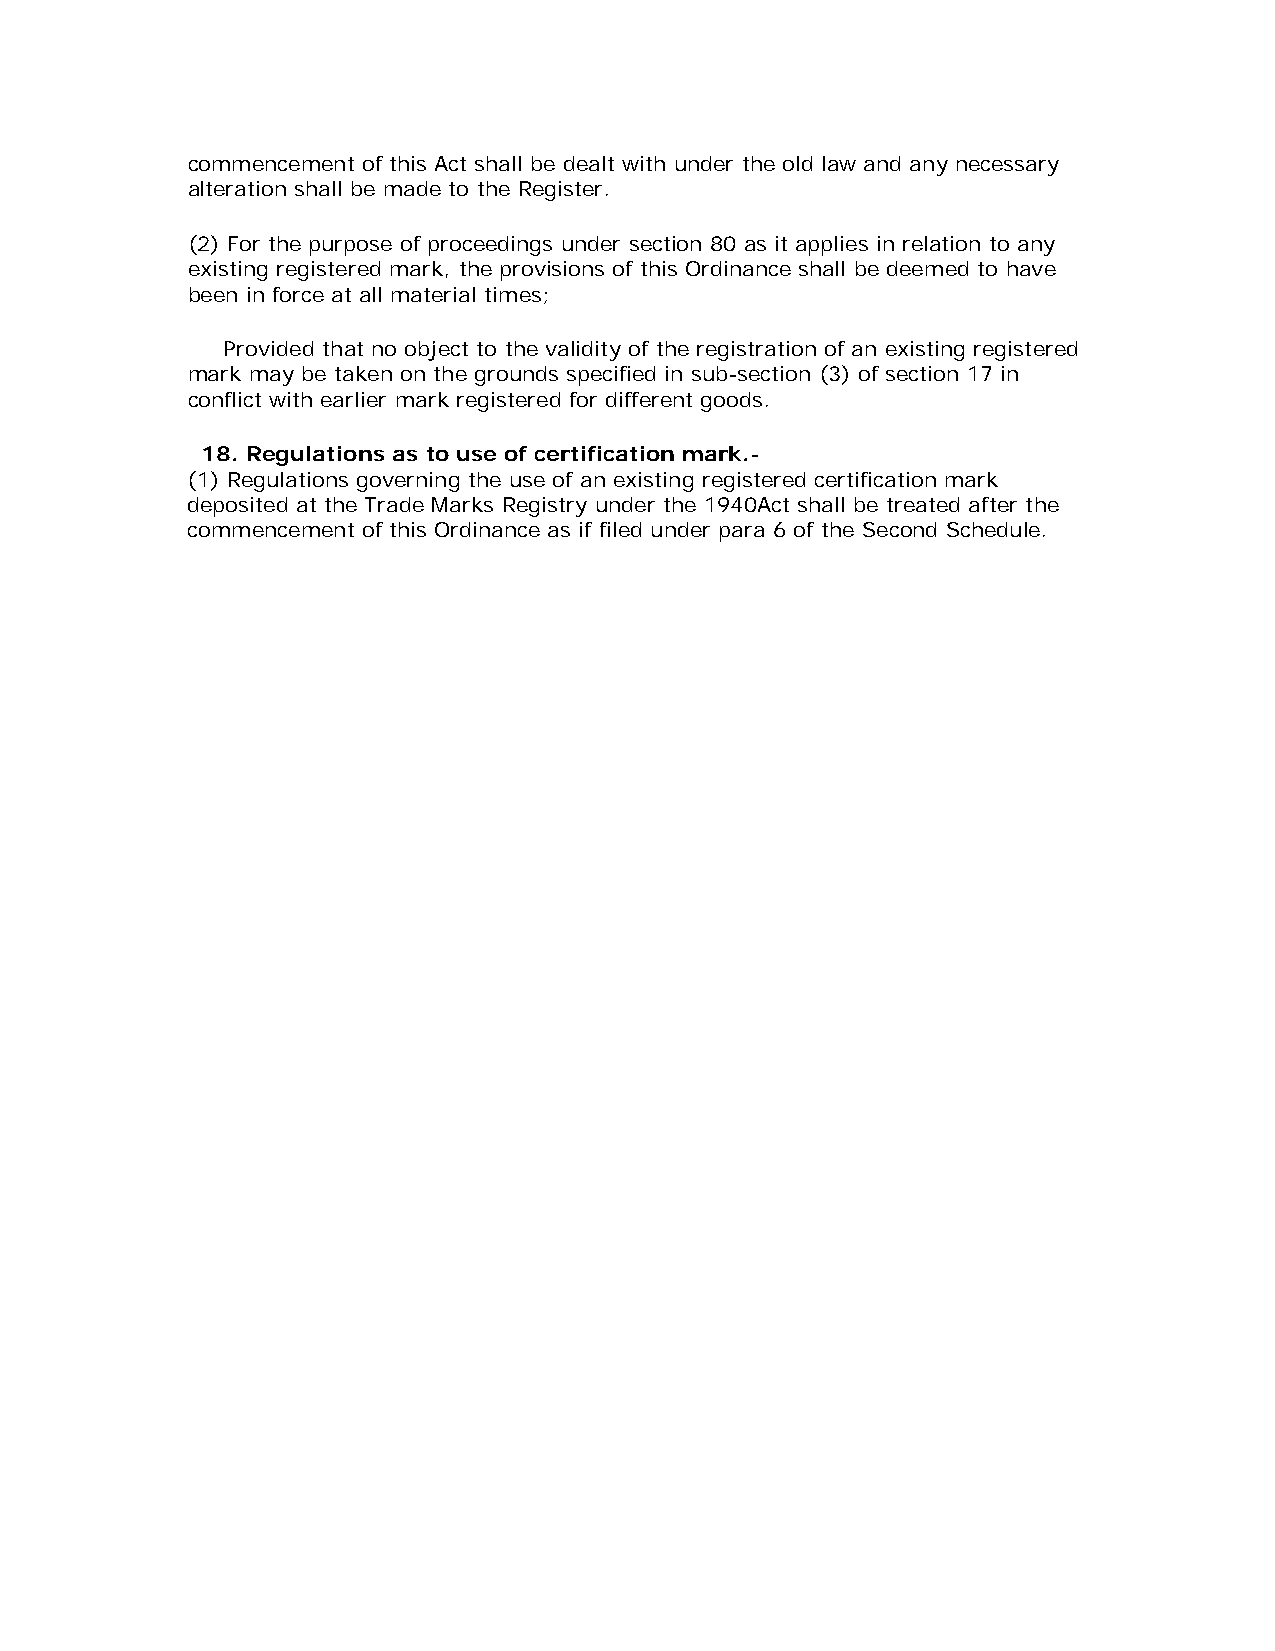
commencement of this Act shall be dealt with under the old law and any necessary
 alteration shall be made to the Register.
 (2) For the purpose of proceedings under section 80 as it applies in relation to any
 existing registered mark, the provisions of this Ordinance shall be deemed to have
 been in force at all material times;
 Provided that no object to the validity of the registration of an existing registered
 mark may be taken on the grounds specified in sub-section (3) of section 17 in
 conflict with earlier mark registered for different goods.
 18. Regulations as to use of certification mark.-
 (1) Regulations governing the use of an existing registered certification mark
 deposited at the Trade Marks Registry under the 1940Act shall be treated after the
 commencement of this Ordinance as if filed under para 6 of the Second Schedule.